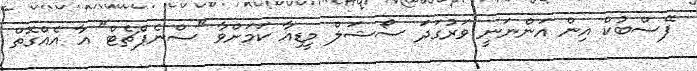
ފޭސްބުކް އިން އަންނަނީ ވަރުގަދަ ސޯޝަލް މީޑިއާ ކަމަށްވާ "ސްނެޕްޗެޓް" އާ އެއްގޮތް